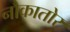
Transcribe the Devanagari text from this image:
नौकातोर